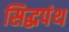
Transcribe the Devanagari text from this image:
सिद्धपंथ